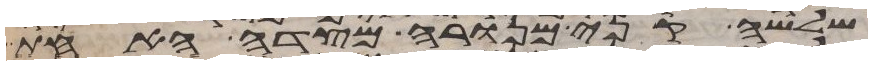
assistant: שלשה קני מנורה מצדה האחד